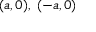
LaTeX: ( a , 0 ) , \; ( - a , 0 )